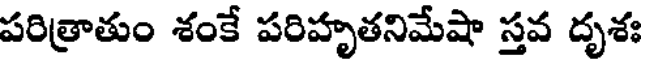
పరిత్రాతుం శంకే పరిహృతనిమేషా స్తవ దృశః